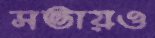
সভায়ও